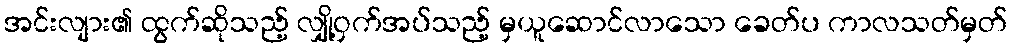
အင်းလျား၏ ထွက်ဆိုသည့် လျှို့ဝှက်အပ်သည့် မှယူဆောင်လာသော ခေတ်ပ ကာလသတ်မှတ်